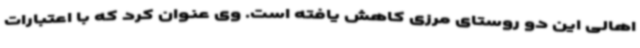
اهالی این دو روستای مرزی کاهش یافته است. وی عنوان کرد که با اعتبارات